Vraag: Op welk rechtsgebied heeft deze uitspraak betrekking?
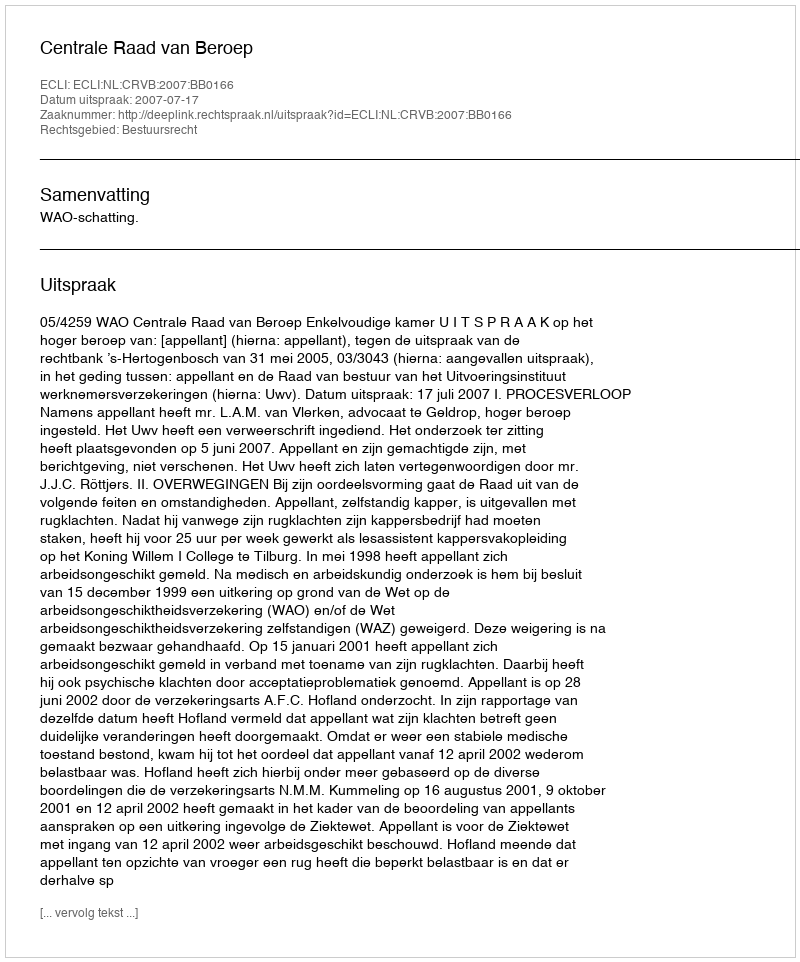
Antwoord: Bestuursrecht